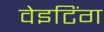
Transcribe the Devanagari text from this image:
वेइटिंग